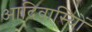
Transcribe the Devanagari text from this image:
आदिवासि्यों